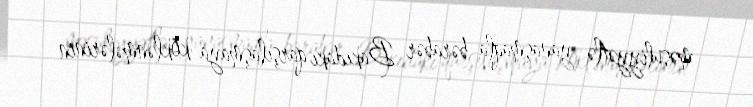
məsuliyyətlə yanaşmaqla bərabər Bakıdakı qarşılaşmaya köklənmələrinin